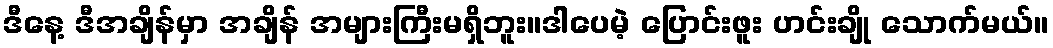
ဒီနေ့ ဒီအချိန်မှာ အချိန် အများကြီးမရှိဘူး။ဒါပေမဲ့ ပြောင်းဖူး ဟင်းချို သောက်မယ်။